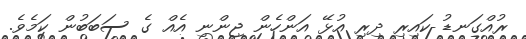
ރުއްގަނޑު ކައިރި ދިރި އުޅޭ އަންހެން ޖިންނި އެއް ގެ ސަބަބުން ކަމެވެ.